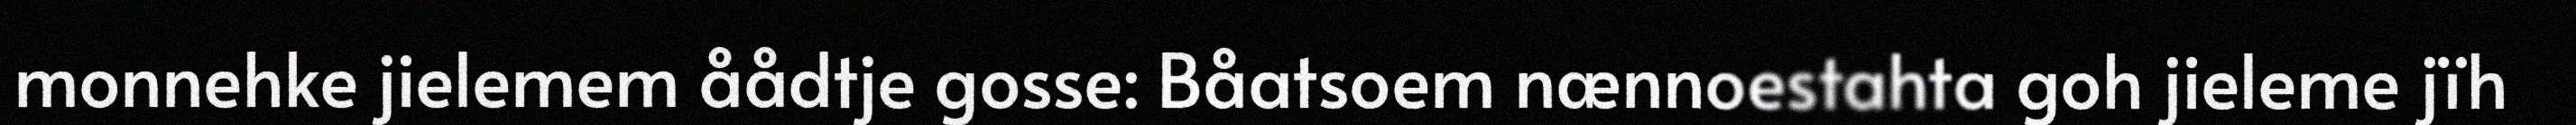
monnehke jielemem åådtje gosse: Båatsoem nænnoestahta goh jieleme jïh